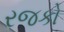
રજકો